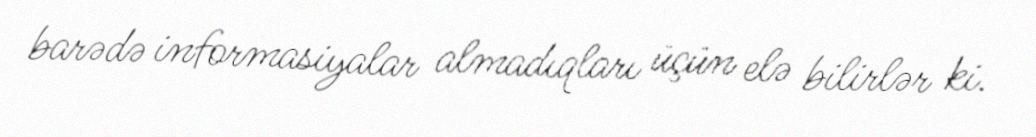
barədə informasiyalar almadıqları üçün elə bilirlər ki.